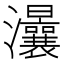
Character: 㶞